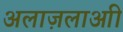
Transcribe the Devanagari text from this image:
अलाज़लाआी